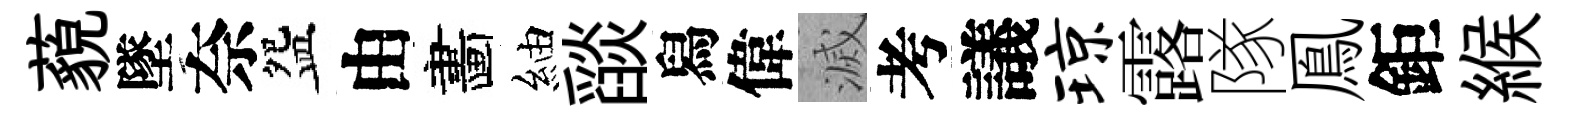
藐墜奈盌由畵紬𦦨舄偉滅考議琼露隊鳯鉅緱